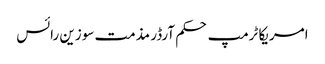
امریکا ٹرمپ حکم آرڈر مذمت سوزین رائس